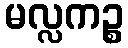
မလ္လကဉ္စ